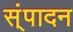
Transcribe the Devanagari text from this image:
स्ंपादन